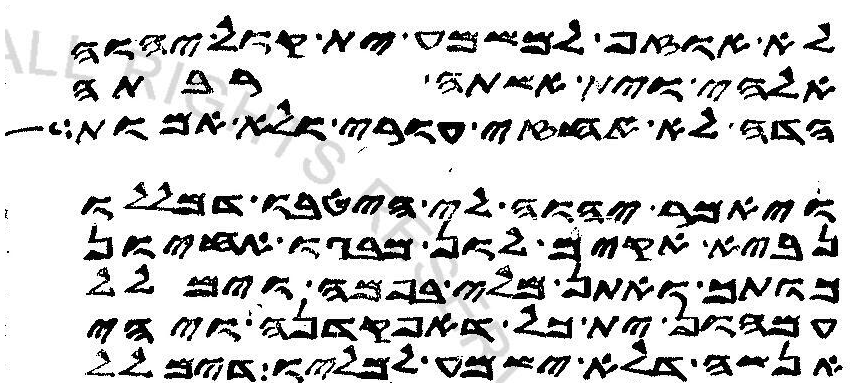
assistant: לא אוזף למשמע ית קול יהוה
אלהי וית אשתה רבתה
הדה לא אחזי עורי ולא אמות
ואמר יהוה לי הטבו דמללו
נביא אקים לון מבגו אחיון
כותך ואתן מלי בפמה וימלל
עמהון ית כל דאפקדנה ויהי
אנשה דלא ישמע למליו דימלל